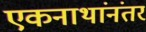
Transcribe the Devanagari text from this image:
एकनाथांनंतर